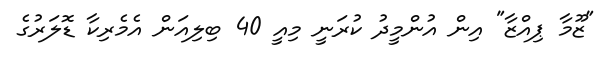
"ޒޫމާ ޕިއްޒާ" އިން އުންމީދު ކުރަނީ މިއީ 40 ބިލިއަން އެމެރިކާ ޑޮލަރުގެ